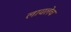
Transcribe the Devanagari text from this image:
लावलेच